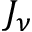
J _ { \nu }